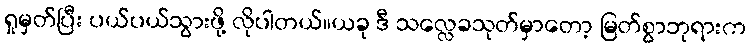
ရှုမှတ်ပြီး ပယ်ပယ်သွားဖို့ လိုပါတယ်။ယခု ဒီ သလ္လေခသုတ်မှာတော့ မြတ်စွာဘုရားက